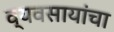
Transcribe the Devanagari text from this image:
व्यवसायांचा